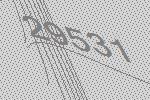
29531